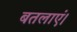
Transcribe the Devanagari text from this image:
बतलाएं।